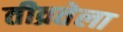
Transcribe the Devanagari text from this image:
तीव्रतेला